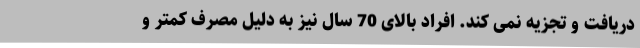
دریافت و تجزیه نمی کند. افراد بالای 70 سال نیز به دلیل مصرف کمتر و